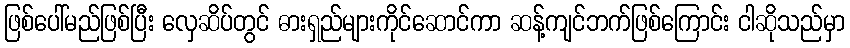
ဖြစ်ပေါ်မည်ဖြစ်ပြီး လှေဆိပ်တွင် ဓားရှည်များကိုင်ဆောင်ကာ ဆန့်ကျင်ဘက်ဖြစ်ကြောင်း ငါဆိုသည်မှာ